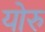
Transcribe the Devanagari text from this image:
योरु